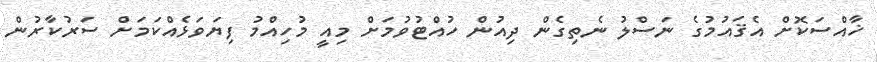
ޚާއްސަކޮށް އެޤައުމުގެ ނަސްލު ނެތިގެން ދިއުން ހުއްޓުވުމަށް މިއީ މުހިއްމު ފިޔަވަޅެއްކަމަށް ސަރުކާރުން